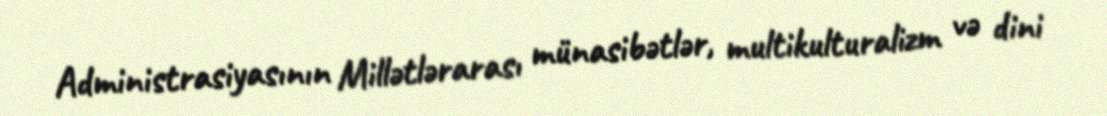
Administrasiyasının Millətlərarası münasibətlər, multikulturalizm və dini